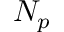
N _ { p }